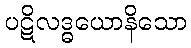
ပဋိလဒ္ဓယောနိသော